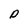
Character: P